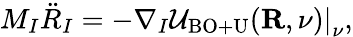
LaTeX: {\displaystyle M_{I}{\ddot{R}}_{I}=-\left.\nabla_{I}{\cal U}_{\mathrm{BO+U}}({\mathbf R},\nu)\right\vert_{\nu},}